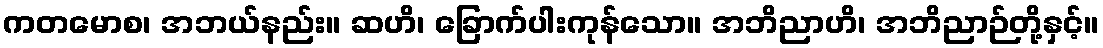
ကတမောစ၊ အဘယ်နည်း။ ဆဟိ၊ ခြောက်ပါးကုန်သော။ အဘိညာဟိ၊ အဘိညာဉ်တို့နှင့်။